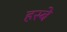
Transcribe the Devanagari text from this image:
हस्बे